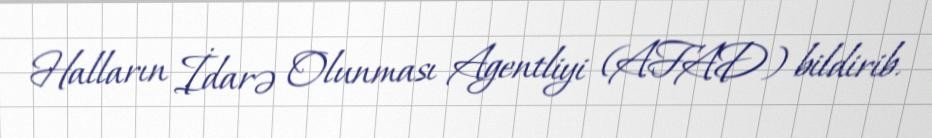
Halların İdarə Olunması Agentliyi (AFAD) bildirib.